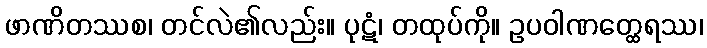
ဖာဏိတဿစ၊ တင်လဲ၏လည်း။ ပုဋံ၊ တထုပ်ကို။ ဥပဝါဏတ္ထေရဿ၊